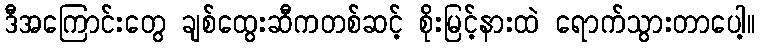
ဒီအကြောင်းတွေ ချစ်ထွေးဆီကတစ်ဆင့် စိုးမြင့်နားထဲ ရောက်သွားတာပေါ့။